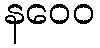
နဝေဝ